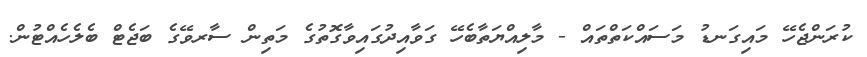
ކުރަންޖެހޭ މައިގަނޑު މަސައްކަތްތައް - މާލިއްޔަތާބެހޭ ގަވާއިދުގައިވާގޮތުގެ މަތިން ސާރވޭގެ ބަޖެޓް ބެލެހެއްޓުން.